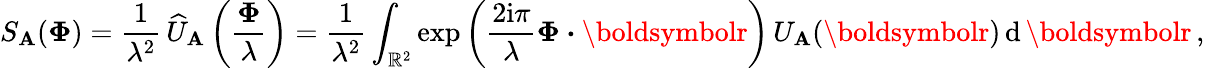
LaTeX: S_{\mathbf{A}}(\boldsymbol\Phi)={\frac{{1}}{{\lambda^{2}}}}\, \widehat{U}_{\mathbf{A}}\left({\frac{{\boldsymbol\Phi}}{{\lambda}}}\right)={\frac{{1}}{{\lambda^{2}}}}\int_{{\mathbb{R}}^{2}}\exp\left({\frac{{2\mathrm{{i}}\pi}}{{\lambda}}}\boldsymbol\Phi\boldsymbol\cdot\boldsymbolr\right)\, U_{\mathbf{A}}(\boldsymbolr)\, \mathrm{{d}}\, \boldsymbolr\, ,